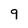
Character: 9